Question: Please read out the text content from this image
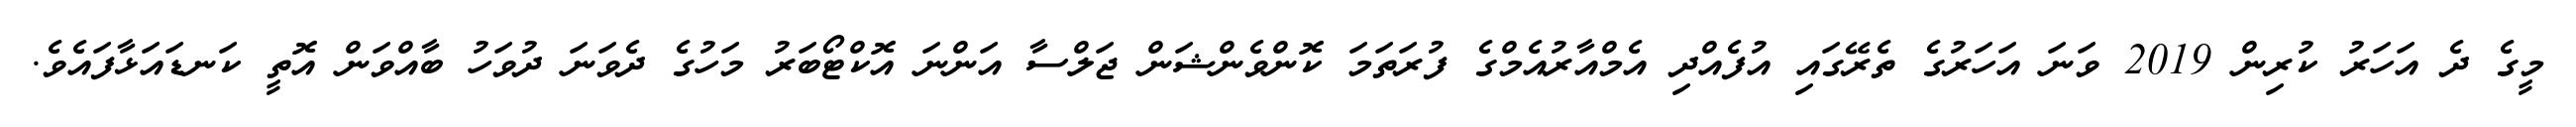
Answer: މީގެ ދެ އަހަރު ކުރިން 2019 ވަނަ އަހަރުގެ ތެރޭގައި އުފެއްދި އެމްއާރުއެމްގެ ފުރަތަމަ ކޮންވެންޝަން ޖަލްސާ އަންނަ އޮކްޓޯބަރު މަހުގެ ދެވަނަ ދުވަހު ބާއްވަން އޮތީ ކަނޑައަޅާފައެވެ.